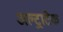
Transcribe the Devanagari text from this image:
अल्‍ट्राटेक